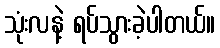
သုံးလနဲ့ ရပ်သွားခဲ့ပါတယ်။